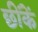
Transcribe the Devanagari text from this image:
छींकें